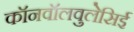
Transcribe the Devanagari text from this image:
कॉनवॉलवुलेसिई